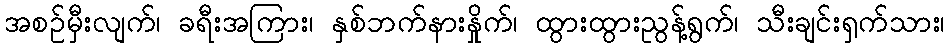
အစဉ်မှီးလျက်၊ ခရီးအကြား၊ နှစ်ဘက်နားနှိုက်၊ ထွားထွားညွန့်ရွက်၊ သီးချင်းရှက်သား၊